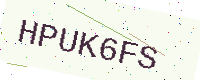
Text: HPUK6FS